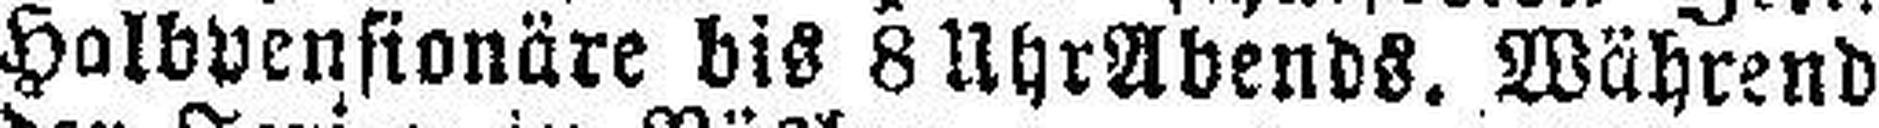
Halbpensionäre bis 8 Uhr Abends. Während